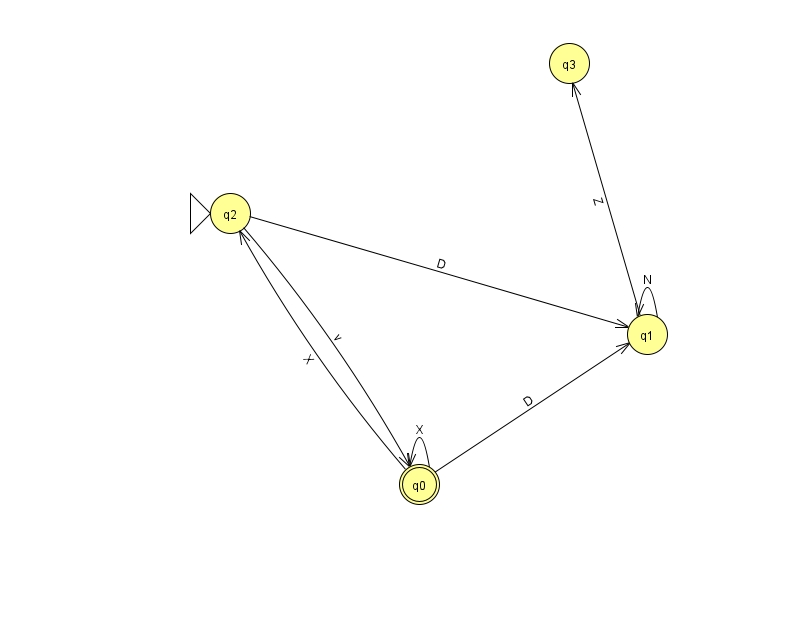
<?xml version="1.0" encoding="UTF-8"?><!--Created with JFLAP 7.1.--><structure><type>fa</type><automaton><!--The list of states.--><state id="0" name="q0"><x>419.0</x><y>471.0</y><final/></state><state id="1" name="q1"><x>647.0</x><y>321.0</y></state><state id="2" name="q2"><x>230.0</x><y>200.0</y><initial/></state><state id="3" name="q3"><x>569.0</x><y>50.0</y></state><!--The list of transitions.--><transition><from>2</from><to>1</to><read>D</read></transition><transition><from>0</from><to>2</to><read>X</read></transition><transition><from>0</from><to>0</to><read>X</read></transition><transition><from>2</from><to>0</to><read>v</read></transition><transition><from>0</from><to>1</to><read>D</read></transition><transition><from>1</from><to>3</to><read>Z</read></transition><transition><from>1</from><to>1</to><read>N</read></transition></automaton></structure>